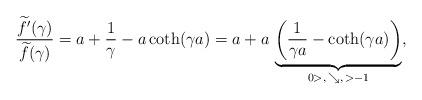
LaTeX: \begin{align*}\frac{\widetilde{f}'(\gamma)}{\widetilde{f}(\gamma)} = a + \frac{1}{\gamma} - a \coth(\gamma a)= a + a \, \underbrace{\left( \frac{1}{\gamma a} - \coth(\gamma a) \right)}_{0>, \, \searrow, \, >-1},\end{align*}